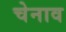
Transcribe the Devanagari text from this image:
चेनाव